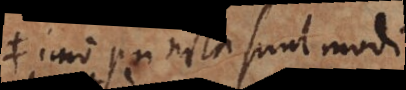
imo puncta sunt modi